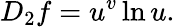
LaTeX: D_{2}f=u^{v}\ln u.